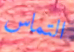
التماس